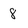
Character: 8